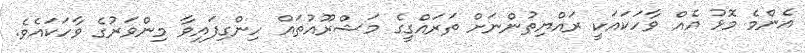
އެންމެ މޮޅު އެއް ވާހަކައަކީ ރައްޔިތުންނަށް ތަރައްގީގެ މަޝްރޫއުތައް ހިންގިފައިވާ މިންވަރުގެ ވާހަކައެވެ.